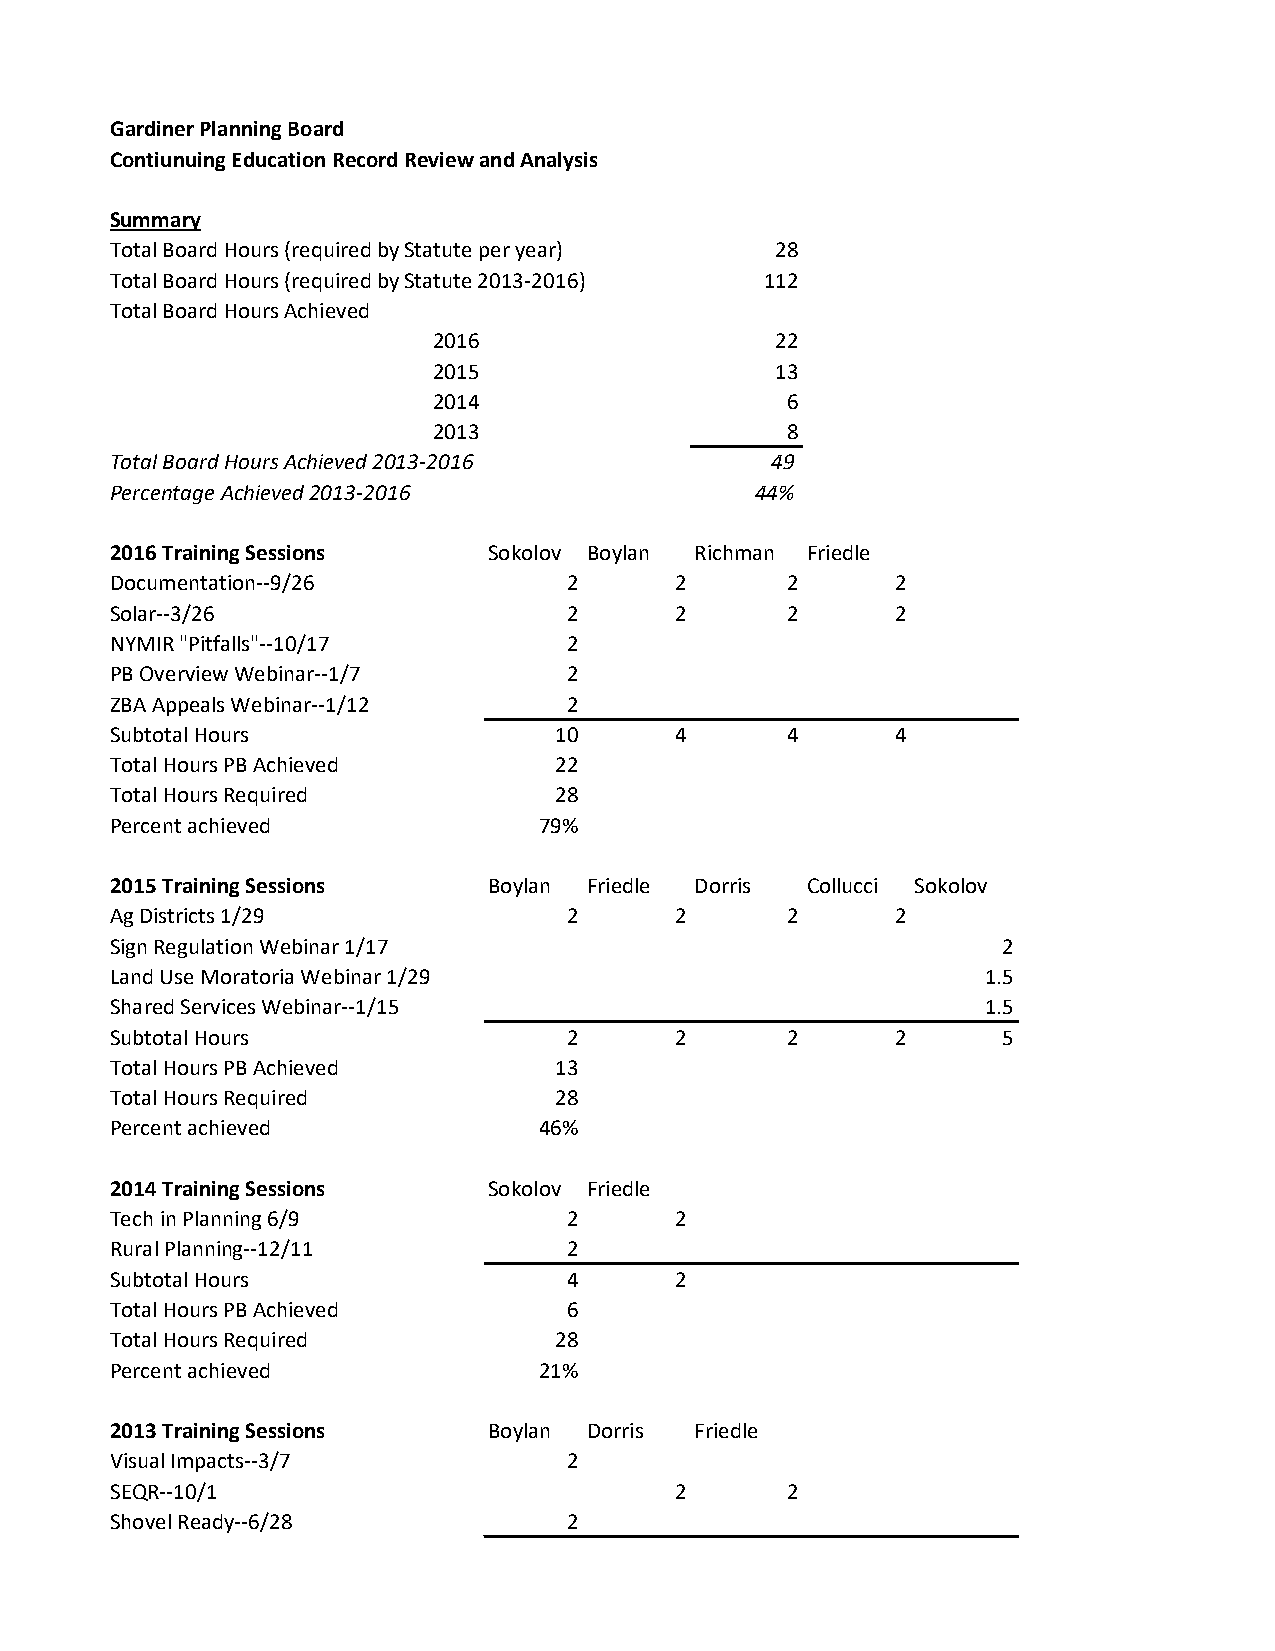
Gardiner Planning Board
 Contiunuing Education Record Review and Analysis
 Summary
 Total Board Hours (required by Statute per year) 28
 Total Board Hours (required by Statute 2013-2016) 112
 Total Board Hours Achieved
 2016                  22
 2015                  13
 2014                   6
 2013                   8
 Total Board Hours Achieved 2013-2016        49
 Percentage Achieved 2013-2016              44%
 2016 Training Sessions   Sokolov Boylan Richman Friedle
 Documentation--9/26            2      2      2      2
 Solar--3/26                    2      2      2      2
 NYMIR "Pitfalls"--10/17        2
 PB Overview Webinar--1/7       2
 ZBA Appeals Webinar--1/12      2
 Subtotal Hours                10      4      4      4
 Total Hours PB Achieved       22
 Total Hours Required          28
 Percent achieved             79%
 2015 Training Sessions   Boylan Friedle Dorris Collucci Sokolov
 Ag Districts 1/29              2      2      2      2
 Sign Regulation Webinar 1/17                               2
 Land Use Moratoria Webinar 1/29                           1.5
 Shared Services Webinar--1/15                             1.5
 Subtotal Hours                 2      2      2      2      5
 Total Hours PB Achieved       13
 Total Hours Required          28
 Percent achieved             46%
 2014 Training Sessions   Sokolov Friedle
 Tech in Planning 6/9           2      2
 Rural Planning--12/11          2
 Subtotal Hours                 4      2
 Total Hours PB Achieved        6
 Total Hours Required          28
 Percent achieved             21%
 2013 Training Sessions   Boylan Dorris Friedle
 Visual Impacts--3/7            2
 SEQR--10/1                            2      2
 Shovel Ready--6/28             2